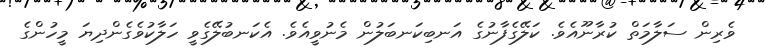
ވެރިން ސަލާމަތް ކުރާނޫއެވެ. ކަލޭގެފާނުގެ އަނބިކަނބަލުން މެނުވީއެވެ. އެކަނބުލޭގެވީ ހަލާކުވެގެންދިޔަ މީހުންގެ